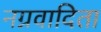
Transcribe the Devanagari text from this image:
नग्नवादिता